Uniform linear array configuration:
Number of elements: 4
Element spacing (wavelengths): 0.25
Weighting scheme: hann
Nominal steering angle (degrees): -30
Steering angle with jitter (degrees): -31.79
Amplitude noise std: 0.05
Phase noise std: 0.05

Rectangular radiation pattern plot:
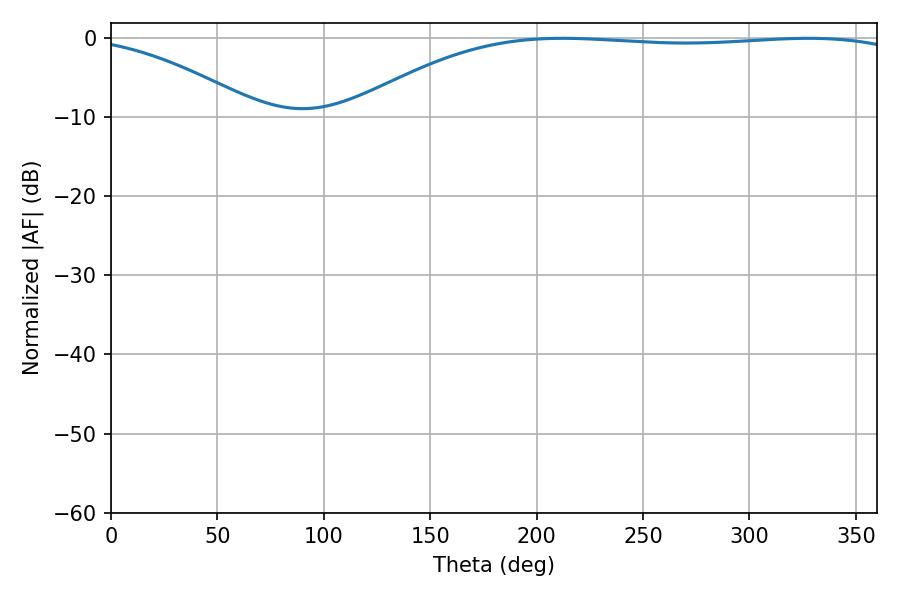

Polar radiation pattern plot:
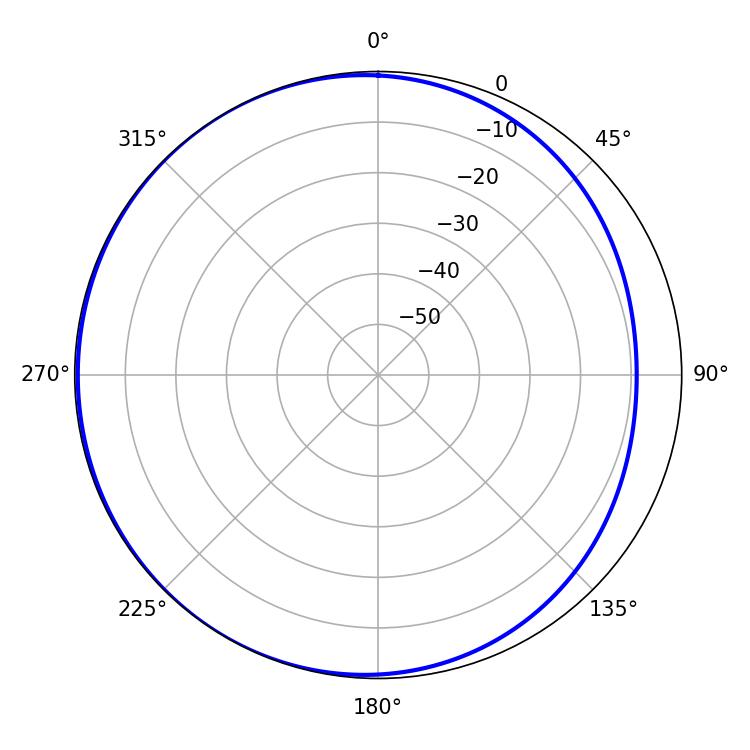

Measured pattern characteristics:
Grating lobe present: FALSE
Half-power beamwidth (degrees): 207.72
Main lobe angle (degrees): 212.22